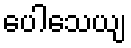
ပေါသေယျ